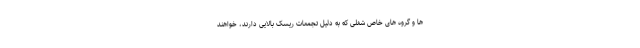
ها و گروه های خاص شغلی که به دلیل تجمعات ریسک بالایی دارند، خواهند